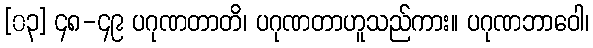
[၀၃] ၄၈-၄၉ ပဂုဏတာတိ၊ ပဂုဏတာဟူသည်ကား။ ပဂုဏဘာဝေါ၊